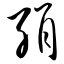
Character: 绢